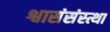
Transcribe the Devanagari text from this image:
श्वासंसंस्त्था